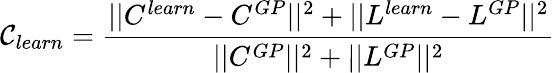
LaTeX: \mathcal{C}_{learn}=\frac{||C^{learn}-C^{GP}||^{2}+||L^{learn}-L^{GP}||^{2}}{||C^{GP}||^{2}+||L^{GP}||^{2}}